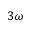
3 \omega